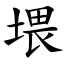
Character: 㙗